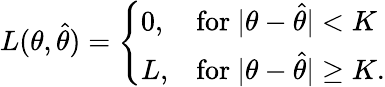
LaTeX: L(\theta,{\widehat{\theta}})={\left\{ \begin{array}{ll}{0,}&{{\mathrm{for~}}|\theta-{\widehat{\theta}}|<K}\\ {L,}&{{\mathrm{for~}}|\theta-{\widehat{\theta}}|\geq K.}\end{array}\right.}